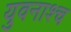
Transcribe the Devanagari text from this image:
युवनाश्च